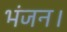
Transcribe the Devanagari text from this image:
भंजन।